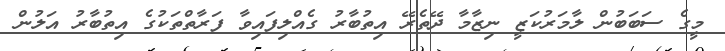
މީގެ ސަބަބުން ލާމަރުކަޒީ ނިޒާމާ ދޭތެރޭ އިތުބާރު ގެއްލިފައިވާ ފަރާތްތަކުގެ އިތުބާރު އަލުން